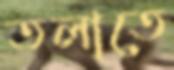
তলাতে